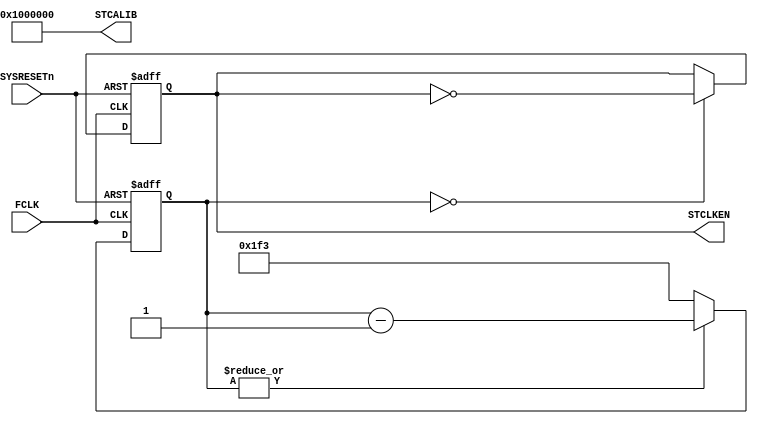
//-----------------------------------------------------------------------------
// The confidential and proprietary information contained in this file may
// only be used by a person authorised under and to the extent permitted
// by a subsisting licensing agreement from ARM Limited or its affiliates.
//
//            (C) COPYRIGHT 2010-2013 ARM Limited or its affiliates.
//                ALL RIGHTS RESERVED
//
// This entire notice must be reproduced on all copies of this file
// and copies of this file may only be made by a person if such person is
// permitted to do so under the terms of a subsisting license agreement
// from ARM Limited or its affiliates.
//
//  Version and Release Control Information:
//
//  File Revision       : $Revision: 368444 $
//  File Date           : $Date: 2017-07-25 15:10:13 +0100 (Tue, 25 Jul 2017) $
//
//  Release Information : Cortex-M0 DesignStart-r2p0-00rel0
//
//-----------------------------------------------------------------------------
//-----------------------------------------------------------------------------
// Abstract : Simple control for SysTick signals for Cortex-M processor
//-----------------------------------------------------------------------------

module cmsdk_mcu_stclkctrl #(
  // Ratio between FCLK and SysTck reference clock
  parameter DIV_RATIO = 18'd01000,

  // Divide by half for each phase
  parameter DIVIDER_RELOAD = (DIV_RATIO>>1)-1
 )
 (
  input  wire        FCLK,      // Free running clock
  input  wire        SYSRESETn, // System reset

  output wire        STCLKEN,   // SysTick clock
  output wire [25:0] STCALIB    // SysTick calibration
  );

  reg     [17:0] reg_clk_divider;
  reg            reg_stclken;

  assign STCALIB[25] = 1'b0; // NoRef - reference clock provided
  assign STCALIB[24] = 1'b1; // Skew - reference info not available
  assign STCALIB[23:0] = {24{1'b0}}; // 10 ms value  set to 0, indicate this value is not used

  // Divider
  wire [17:0] reg_clk_div_min1 = reg_clk_divider - {{17{1'b0}}, 1'b1};
  always @(posedge FCLK or negedge SYSRESETn)
  begin
  if (~SYSRESETn)
    reg_clk_divider <= {18{1'b0}};
  else
    begin
    if (|reg_clk_divider)
      reg_clk_divider <= reg_clk_div_min1[17:0];
    else
      reg_clk_divider <= DIVIDER_RELOAD[17:0];
    end
  end

  // Toggle register
  always @(posedge FCLK or negedge SYSRESETn)
  begin
  if (~SYSRESETn)
    reg_stclken <= 1'b0;
  else
    begin
    if (reg_clk_divider==18'h00000)
      reg_stclken <= ~reg_stclken;
    end
  end

  // Connect to top level
  assign STCLKEN = reg_stclken;

endmodule